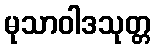
မုသာဝါဒသုတ္တ